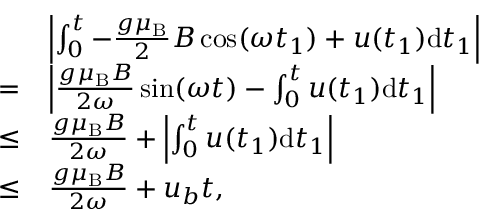
\begin{array} { r l } & { \left| \int _ { 0 } ^ { t } - \frac { g \mu _ { \mathrm { B } } } { 2 } B \cos ( \omega t _ { 1 } ) + u ( t _ { 1 } ) \mathrm { d } t _ { 1 } \right| } \\ { = } & { \left| \frac { g \mu _ { \mathrm { B } } B } { 2 \omega } \sin ( \omega t ) - \int _ { 0 } ^ { t } u ( t _ { 1 } ) \mathrm { d } t _ { 1 } \right| } \\ { \leq } & { \frac { g \mu _ { \mathrm { B } } B } { 2 \omega } + \left| \int _ { 0 } ^ { t } u ( t _ { 1 } ) \mathrm { d } t _ { 1 } \right| } \\ { \leq } & { \frac { g \mu _ { \mathrm { B } } B } { 2 \omega } + u _ { b } t , } \end{array}